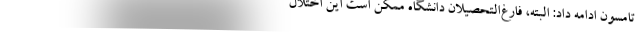
تامسون ادامه داد: البته، فارغ‌التحصیلان دانشگاه ممکن است این اختلال